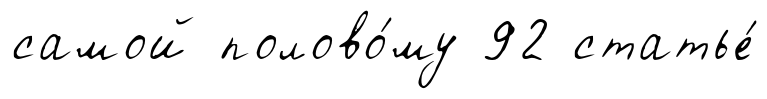
самой полово́му 92 статье́